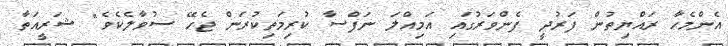
އެންމެހާ ރައްޔިތުން ފަރުދީ ފެންވަރުގައި އަމިއްލަ ނަފްސާ ކުރިމަތިކުރަން ޖެހޭ ސުވާލެކެވެ" ޝަރީއަތާ